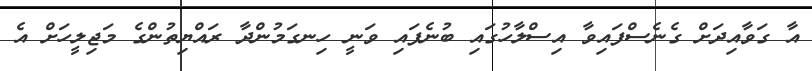
އާ ގަވާއިދަށް ގެނެސްފައިވާ އިސްލާހުގައި ބުނެފައި ވަނީ ހިނގަމުންދާ ރައްޔިތުންގެ މަޖިލީހަށް އެ